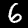
Label: 6